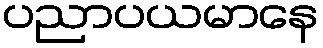
ပညာပယမာနေ